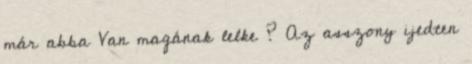
már abba Van magának lelke ? Az asszony ijedten